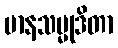
မာနသမ္မုဒိတာ